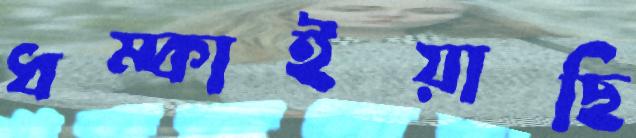
ধম্‌কাইয়াছি